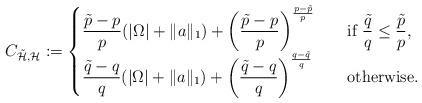
LaTeX: \begin{align*}C_{\tilde{\mathcal H},\mathcal H} := \begin{cases}\dfrac{\tilde{p}-p}p(|\Omega|+\|a\|_1)+\left(\dfrac{\tilde{p}-p}p\right)^{\frac{p-\tilde{p}}p}\quad&\mbox{if }\dfrac{\tilde{q}}q\le\dfrac{\tilde{p}}p,\\\dfrac{\tilde{q}-q}q(|\Omega|+\|a\|_1)+\left(\dfrac{\tilde{q}-q}q\right)^{\frac{q-\tilde{q}}q}\quad&\mbox{otherwise.}\end{cases}\end{align*}